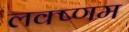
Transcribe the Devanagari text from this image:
लक्ष्णम